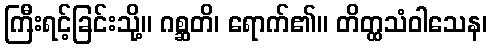
ကြီးရင့်ခြင်းသို့။ ဂစ္ဆတိ၊ ရောက်၏။ တိတ္ထသံဝါသေန၊